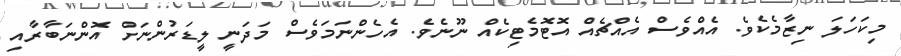
މިކަހަލަ ނިޒާމެކެވެ. އެއްވެސް އެއްޗެއް އޮޓޮމެޓިކެއް ނޫނެވެ. އެހެންނަމަވެސް މަދަނީ ލީޑަރުންނަށް އޮންނަބާރާއި